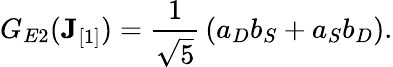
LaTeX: G_{E2}({\mathbf J}_{[1]})={\frac{1}{\sqrt{5}}}\left(a_{{D}}b_{{S}}+a_{{S}}b_{{D}}\right).